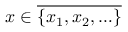
x \in { \overline { { \{ x _ { 1 } , x _ { 2 } , \ldots \} } } }